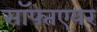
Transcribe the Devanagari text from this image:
सॉफ्तएयर